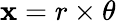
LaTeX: \mathbf{x}=r\times\theta